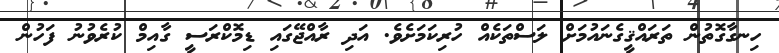
ހިނގާގޮތުން ތަރައްޤީގެނައުމަށް ލަސްތަކެއް ހުރިކަމަށެވެ. އަދި ރާއްޖޭގައި ޑިމޮކްރަސީ ގާއިމް ކުރެވުނު ފަހުން